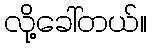
လို့ခေါ်တယ်။